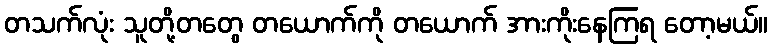
တသက်လုံး သူတို့တတွေ တယောက်ကို တယောက် အားကိုးနေကြရ တော့မယ်။